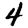
Digit: 4